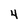
Character: 4